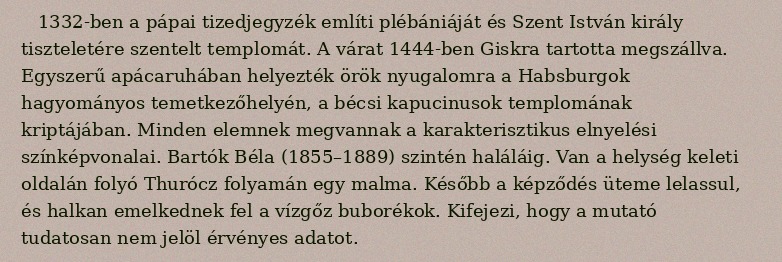
1332-ben a pápai tizedjegyzék említi plébániáját és Szent István király tiszteletére szentelt templomát. A várat 1444-ben Giskra tartotta megszállva. Egyszerű apácaruhában helyezték örök nyugalomra a Habsburgok hagyományos temetkezőhelyén, a bécsi kapucinusok templomának kriptájában. Minden elemnek megvannak a karakterisztikus elnyelési színképvonalai. Bartók Béla (1855–1889) szintén haláláig. Van a helység keleti oldalán folyó Thurócz folyamán egy malma. Később a képződés üteme lelassul, és halkan emelkednek fel a vízgőz buborékok. Kifejezi, hogy a mutató tudatosan nem jelöl érvényes adatot.